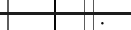
: